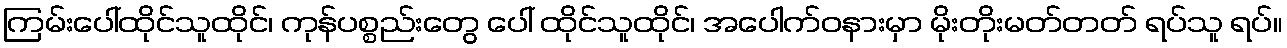
ကြမ်းပေါ်ထိုင်သူထိုင်၊ ကုန်ပစ္စည်းတွေ ပေါ် ထိုင်သူထိုင်၊ အပေါက်ဝနားမှာ မိုးတိုးမတ်တတ် ရပ်သူ ရပ်။